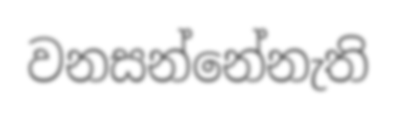
වනසන්නේනැති